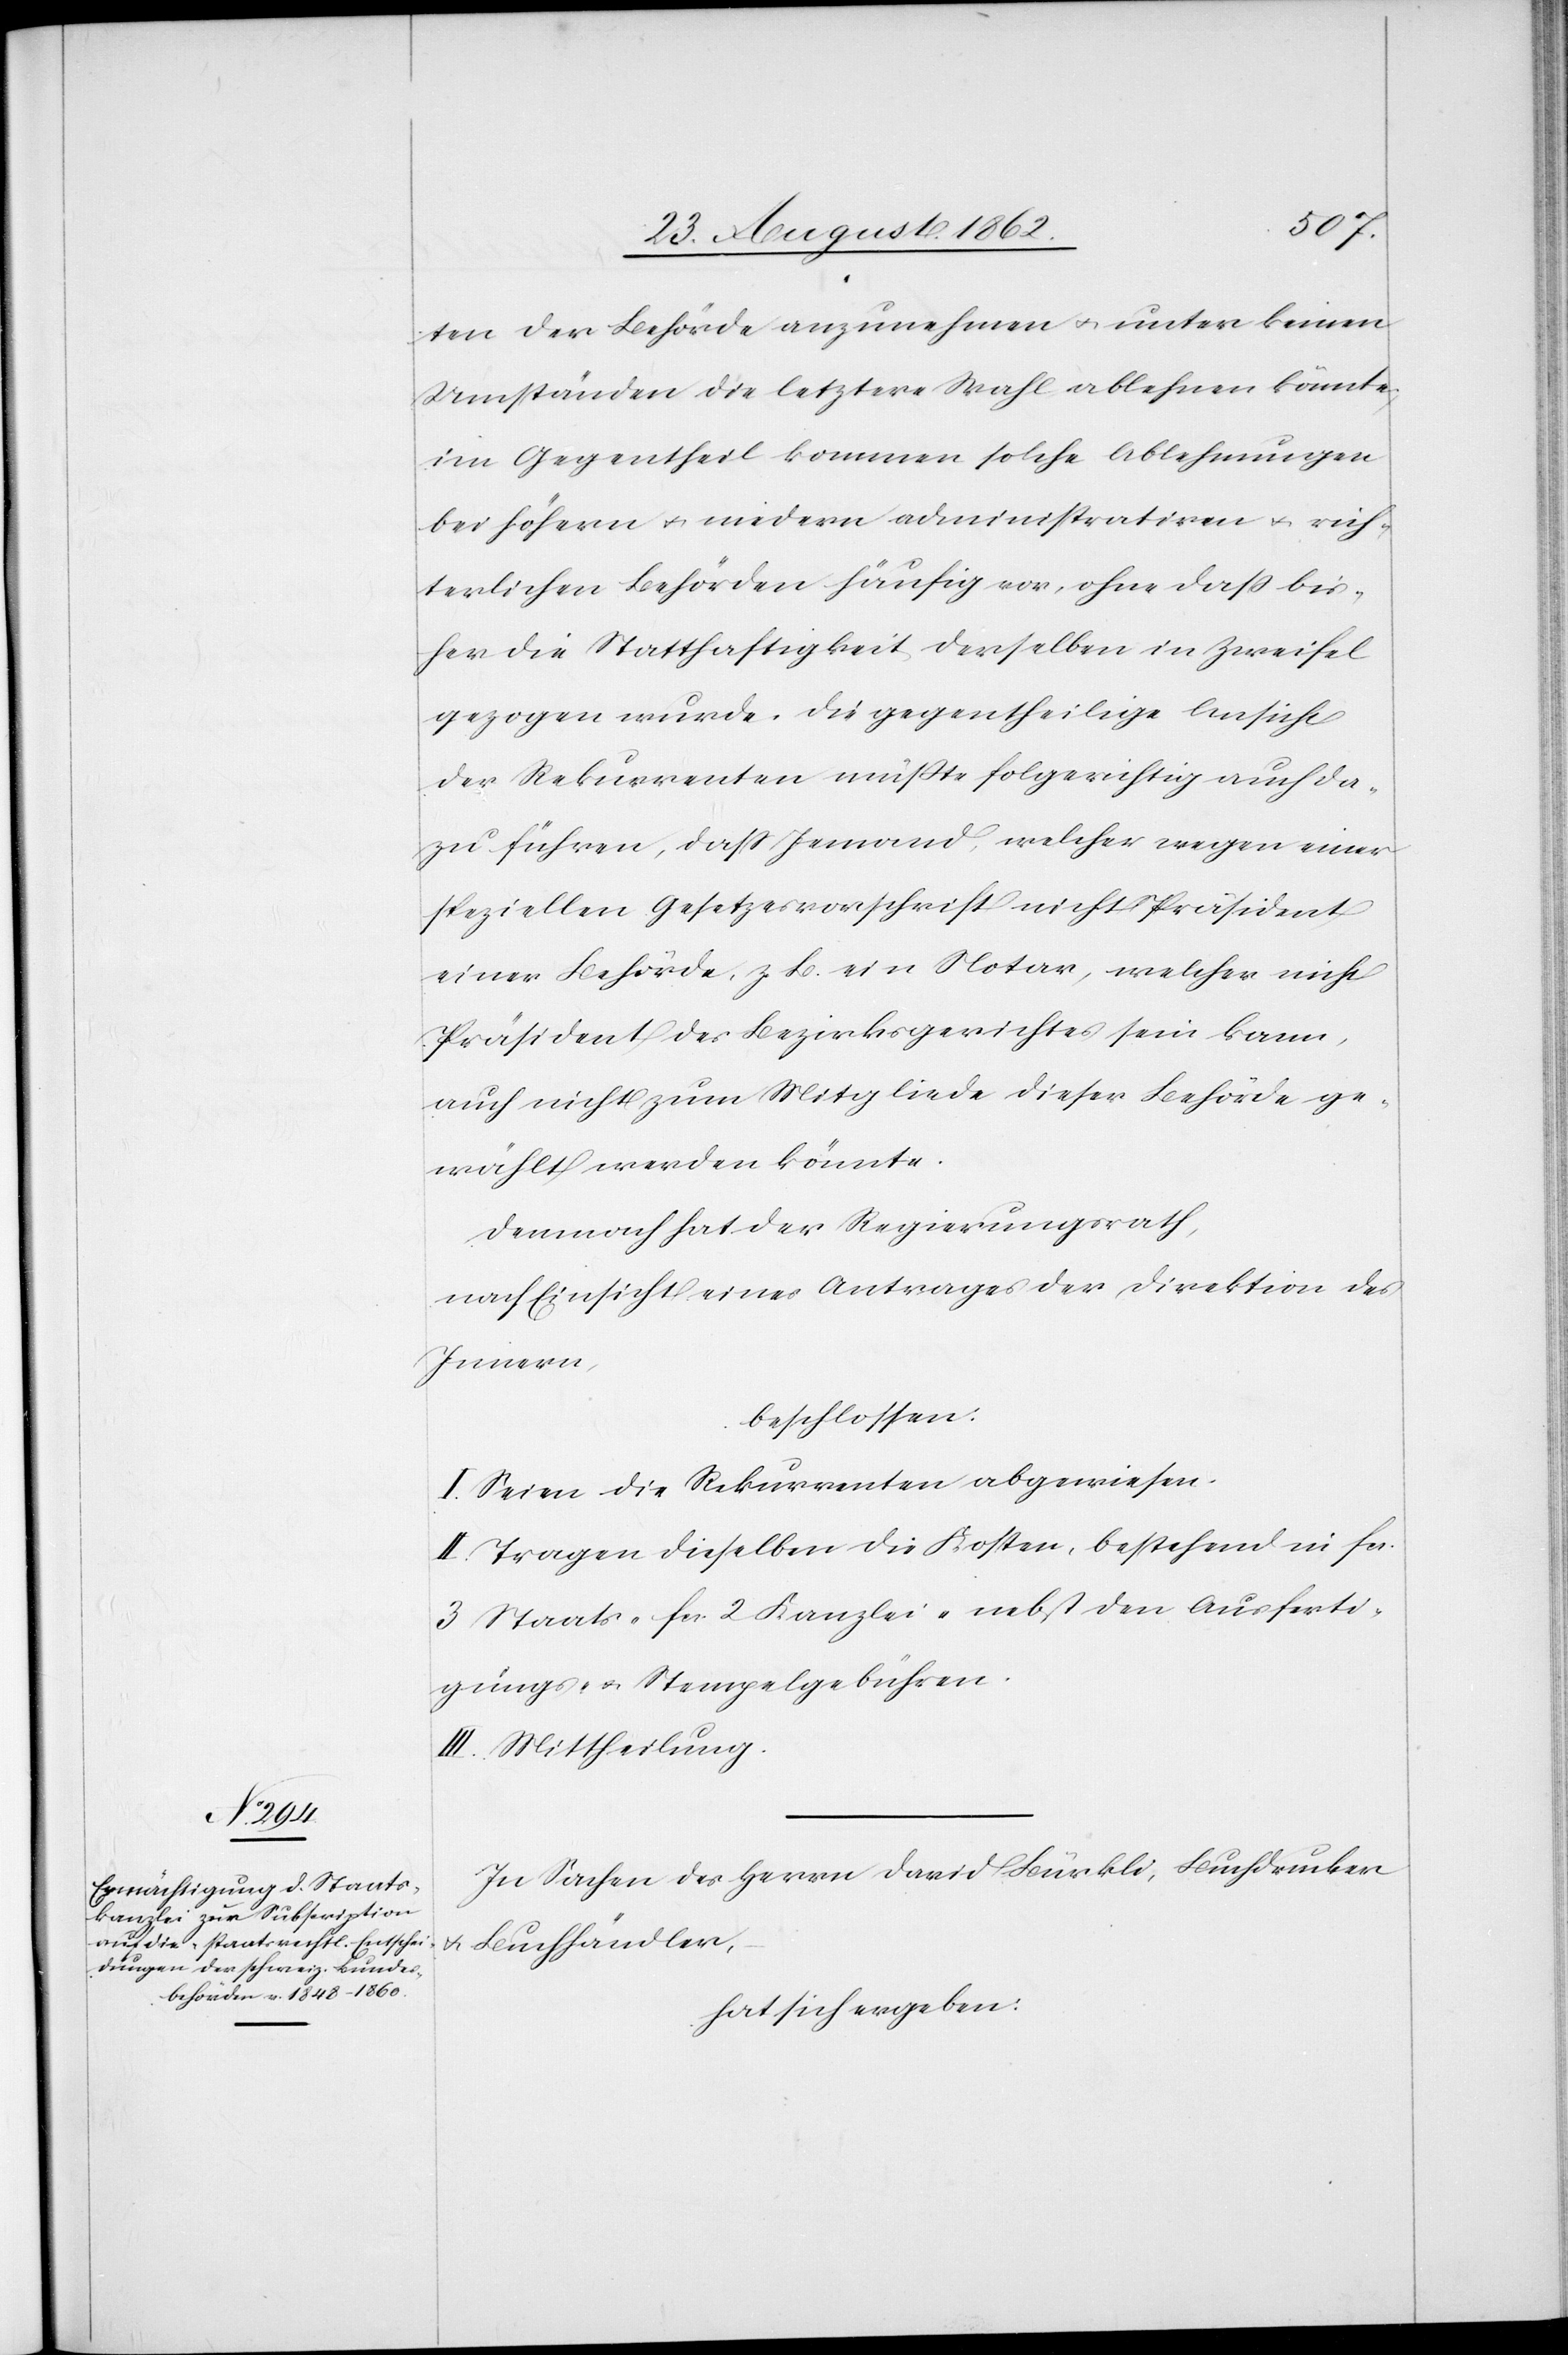
ten der Behörde anzunehmen u. unter keinen
Umständen die letztere Wahl ablehnen könnte,
im Gegentheil kommen solche Ablehnungen
bei höhern u. niedern administrativen u. rich¬
terlichen Behörden häufig vor, ohne daß bis¬
her die Statthaftigkeit derselben in Zweifel
gezogen wurde. Die gegentheilige Ansicht
der Rekurrenten müßte folgerichtig auch da¬
zu führen, daß Jemand, welcher wegen einer
speziellen Gesetzesvorschrift nicht Präsident
einer Behörde, z. B. ein Notar, welcher nicht
Präsident des Bezirksgerichtes sein kann,
auch nicht zum Mitgliede dieser Behörde ge¬
wählt werden könnte.
Demnach hat der Regierungsrath,
nach Einsicht eines Antrages der Direktion des
Innern,
beschlossen:
I. Seien die Rekurrenten abgewiesen.
II. Tragen dieselben die Kosten, bestehend in fcs.
3 Staats-[,] fcs 2 Kanzlei- nebst den Ausferti¬
gungs- u. Stempelgebühren.
III. Mittheilung.
In Sachen des Herrn David Bürkli, Buchdrucker
hat sich ergeben: